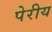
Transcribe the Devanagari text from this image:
पेरीय